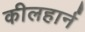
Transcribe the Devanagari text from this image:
कीलहार्न